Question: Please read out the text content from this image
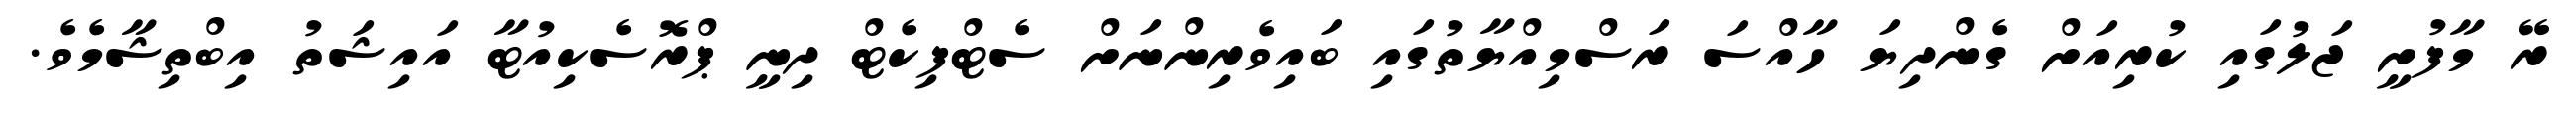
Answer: ރޭ މާފުށީ ޖަލުގައި ކުރިއަށް ގެންދިޔަ ހާއްސަ ރަސްމިއްޔާތުގައި ބައިވެރިންނަށް ސެޓްފިކެޓް ދިނީ ޕްރޮސެކިއުޓާ އައިޝަތު އިބްތިޝާމެވެ.